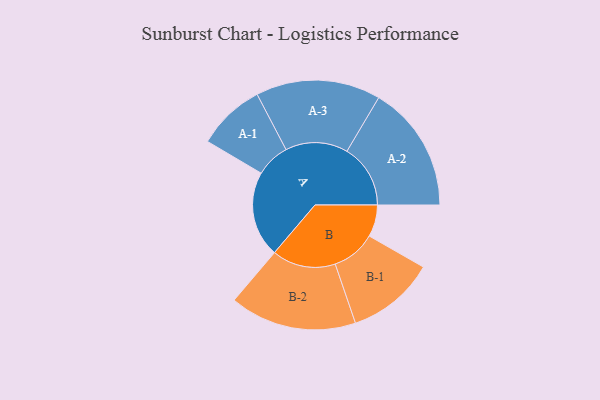
{"axis": {"x": "Segment", "y": "Value"}, "legend": ["", "A", "B"], "data": [{"x": "A", "y": 396, "type": ""}, {"x": "B", "y": 147, "type": ""}, {"x": "A-1", "y": 157, "type": "A"}, {"x": "A-2", "y": 293, "type": "A"}, {"x": "A-3", "y": 288, "type": "A"}, {"x": "B-1", "y": 204, "type": "B"}, {"x": "B-2", "y": 293, "type": "B"}]}